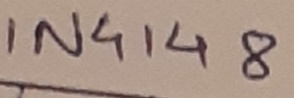
Text: IN4148